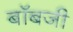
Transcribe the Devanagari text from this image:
बॉबजी